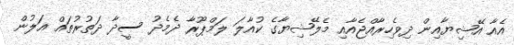
އެއާ އޭޝިޔާއިން ދިވެހިރާއްޖެއާއި މެލޭޝިޔާގެ ކުއާލަ ލަމްޕޫރާ ދެމެދު ސީދާ ދަތުރުތައް އަލުން